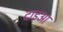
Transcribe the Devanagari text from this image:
दाइआ